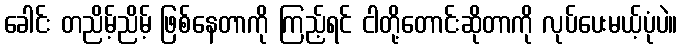
ခေါင်း တညိမ့်ညိမ့် ဖြစ်နေတာကို ကြည့်ရင် ငါတို့တောင်းဆိုတာကို လုပ်ပေးမယ့်ပုံပဲ။